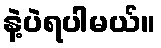
နဲ့ပဲရပါမယ်။